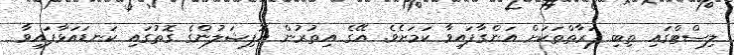
ލިސްޓްގައި ތިބި ފަރާތްތަކަށް އަންގާފައިވާ ކަމަށެވެ. އޭގެ އިތުރުން އޮފިޝަލުންގެ ގޮތުގައި ކަނޑައަޅާފައިވާ